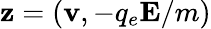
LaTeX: \mathbf{z}=(\mathbf{v},-q_{e}\mathbf{E}/m)